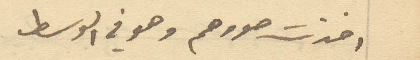
اخذت صورهم وهو في الوسط